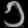
Digit: ၁